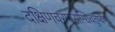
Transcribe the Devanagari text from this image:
दक्षिणचरणसन्धिचतुष्केषु।